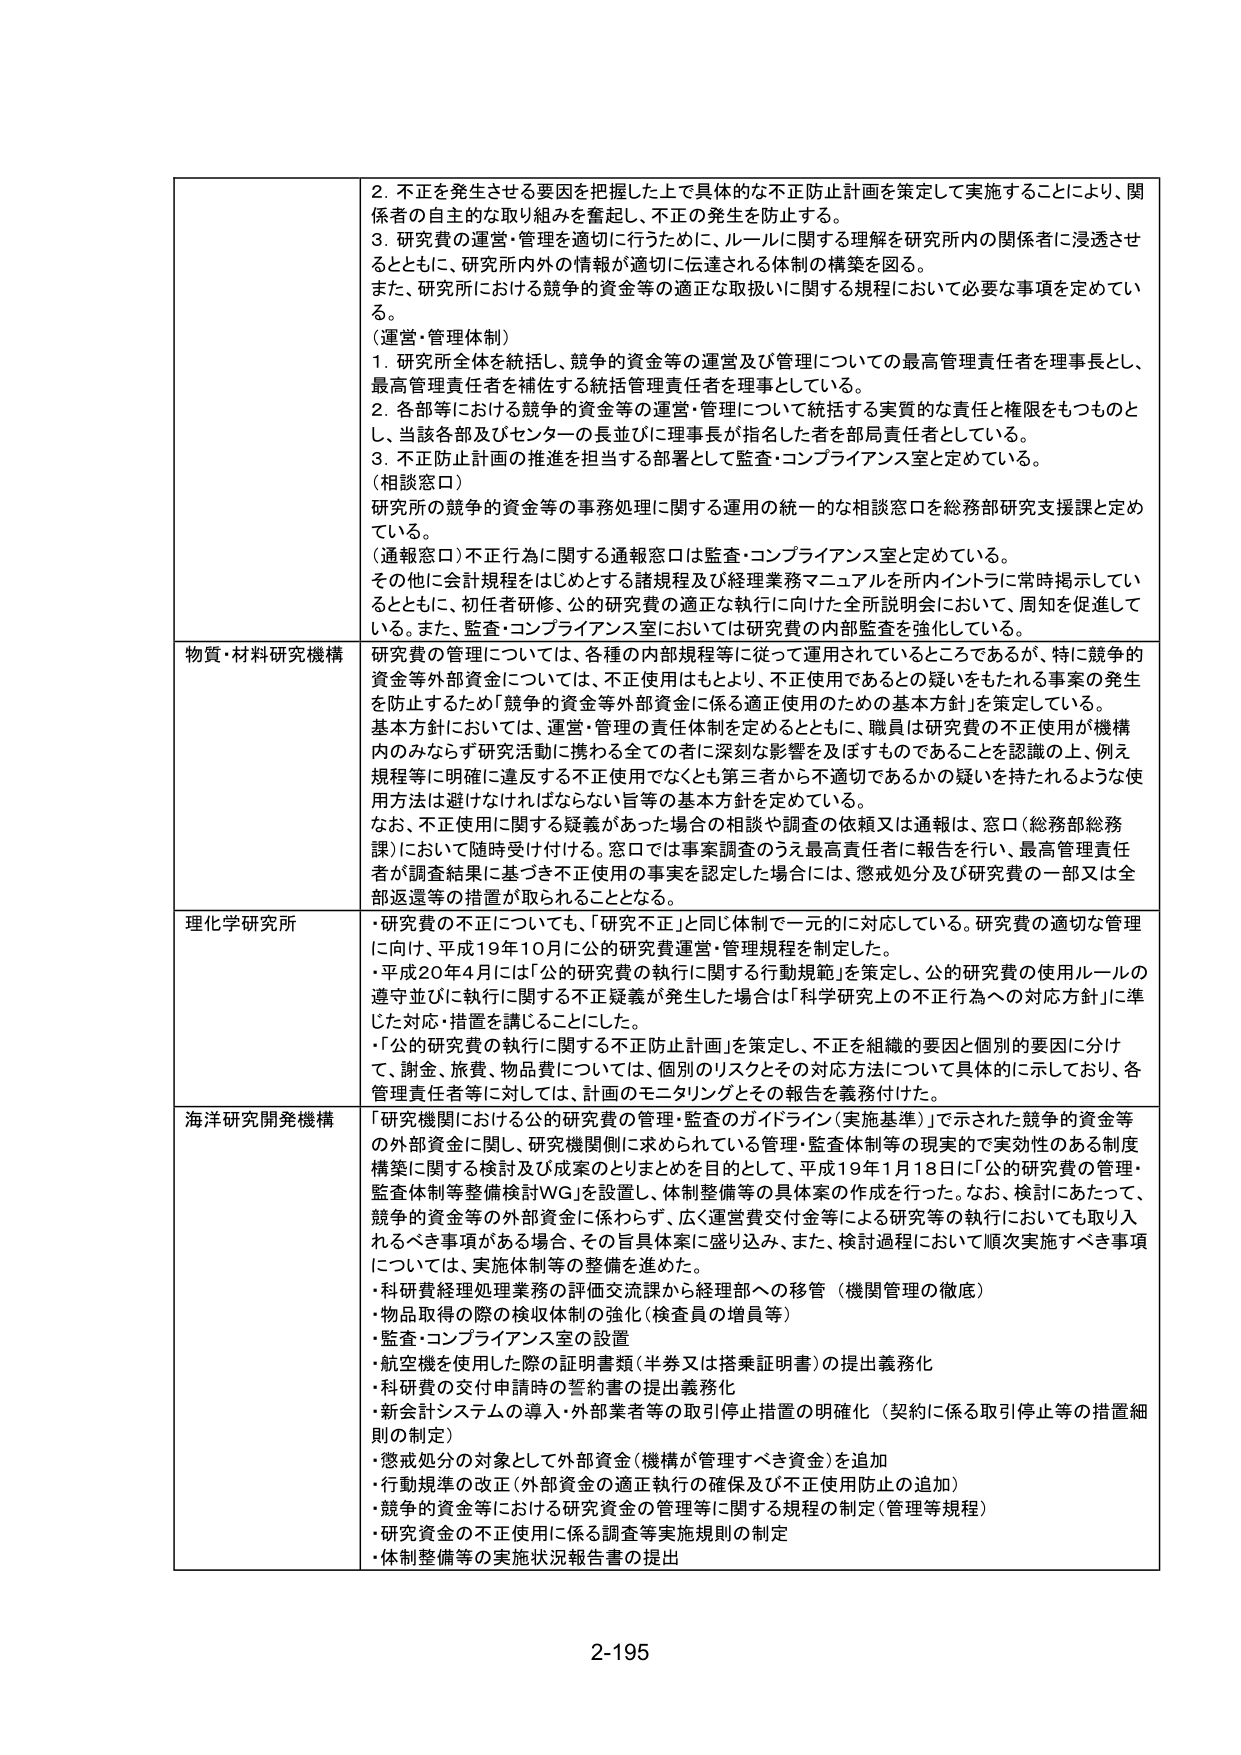
2. 不正を発生させる要因を把握した上で具体的な不正防止計画を策定して実施することにより、関係者の自主的な取り組みを奮起し、不正の発生を防止する。
3. 研究費の運営・管理を適切に行うために、ルールに関する理解を研究所内の関係者に浸透させるとともに、研究所内外の情報が適切に伝達される体制の構築を図る。
また、研究所における競争的資金等の適正な取扱いに関する規程において必要な事項を定めている。
（運営・管理体制）
1. 研究所全体を統括し、競争的資金等の運営及び管理についての最高管理責任者を理事長とし、最高管理責任者を補佐する統括管理責任者を理事としている。
2. 各部等における競争的資金等の運営・管理について統括する実質的な責任と権限をもつものとし、当該各部及びセンターの長並びに理事長が指名した者を部局責任者としている。
3. 不正防止計画の推進を担当する部署として監査・コンプライアンス室を定めている。
（相談窓口）
研究所の競争的資金等の事務処理に関する運用の統一的な相談窓口を総務部研究支援課と定めている。
（通報窓口）不正行為に関する通報窓口は監査・コンプライアンス室と定めている。
その他に会計規程をはじめとする諸規程及び経理業務マニュアルを所内イントラに常時掲示しているとともに、利用者研修、公的研究費の適正な執行に向けた全所説明会において、周知を促進している。また、監査・コンプライアンス室においては研究費の内部監査を強化している。

物質・材料研究機構 研究費の管理については、各種の内部規程等に従って運用されているところであるが、特に競争的資金等外部資金については、不正使用はもとより、不正使用であるとの疑いをもたれる事案の発生を防止するため「競争的資金等外部資金に係る適正使用のための基本方針」を策定している。基本方針においては、運営・管理の責任体制を定めるとともに、職員は研究費の不正使用が機構内のみならず研究活動に携わる全ての者に深刻な影響を及ぼすものであることを認識の上、例え規程等に明確に違反する不正使用でなくとも第三者から不適切であるかの疑いを持たれるような使用方法は避けなければならない旨等の基本方針を定めている。なお、不正使用に関する疑義があった場合の相談や調査の依頼又は通報は、窓口（総務部総務課）において随時受け付ける。窓口では事案調査のうえ最高責任者に報告を行い、最高管理責任者が調査結果に基づき不正使用の事実を認定した場合には、懲戒処分及び研究費の一部又は全部返還等の措置が取られることとなる。

理化学研究所 ・研究費の不正についても、「研究不正」と同じ体制で一元的に対応している。研究費の適切な管理に向け、平成19年10月に公的研究費運営・管理規程を制定した。・平成20年4月には「公的研究費の執行に関する行動規範」を策定し、公的研究費の使用ルールの遵守並びに執行に関する不正疑義が発生した場合は「科学研究上の不正行為への対応方針」に準じた対応・措置を講じることにした。・「公的研究費の執行に関する不正防止計画」を策定し、不正を組織的要因と個別的要因に分け、謝金、旅費、物品費については、個別のリスクとその対応方法について具体的に示しており、各管理責任者等に対しては、計画のモニタリングとその報告を義務付けた。

海洋研究開発機構 「研究機関における公的研究費の管理・監査のガイドライン（実施基準）」で示された競争的資金等の外部資金に関し、研究機関側に求められている管理・監査体制等の現実的で実効性のある制度構築に関する検討及び成果のとりまとめを目的として、平成19年1月18日に「公的研究費の管理・監査体制等整備検討WG」を設置し、体制整備等の具体案の作成を行った。なお、検討にあたって、競争的資金等の外部資金に係わらず、広く運営費交付金等による研究等の執行においても取り入れるべき事項がある場合、その旨具体案に盛り込み、また、検討過程において順次実施すべき事項については、実施体制等の整備を進めた。・科研費経理処理業務の評価交流課から経理部への移管（機関管理の徹底）・物品取得の際の検収体制の強化（検査員の増員等）・監査・コンプライアンス室の設置・航空機を使用した際の証明書類（半券又は搭乗証明書）の提出義務化・科研費の交付申請時の誓約書の提出義務化・新会計システムの導入・外部業者等の取引停止措置の明確化（契約に係る取引停止等の措置細則の制定）・懲戒処分の対象として外部資金（機構が管理すべき資金）を追加・行動規準の改正（外部資金の適正執行の確保及び不正使用防止の追加）・競争的資金等における研究資金の管理等に関する規程の制定（管理等規程）・研究資金の不正使用に係る調査等実施規則の制定・体制整備等の実施状況報告書の提出

2-195